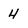
Character: 4